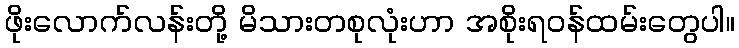
ဖိုးလောက်လန်းတို့ မိသားတစုလုံးဟာ အစိုးရဝန်ထမ်းတွေပါ။